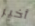
أخير